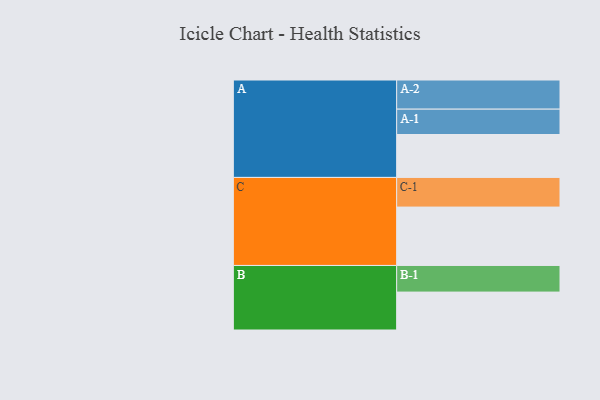
{"axis": {"x": "Segment", "y": "Value"}, "legend": ["", "A", "B", "C"], "data": [{"x": "A", "y": 411, "type": ""}, {"x": "B", "y": 363, "type": ""}, {"x": "C", "y": 559, "type": ""}, {"x": "A-1", "y": 243, "type": "A"}, {"x": "A-2", "y": 279, "type": "A"}, {"x": "B-1", "y": 255, "type": "B"}, {"x": "C-1", "y": 284, "type": "C"}]}